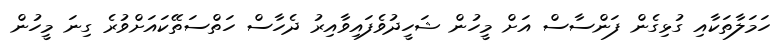
ހަމަލާތަކާއި ގުޅިގެން ފަންސާސް އަށް މީހުން ޝަހީދުވެފައިވާއިރު ދެހާސް ހަތްސަތޭކައަށްވުރެ ގިނަ މީހުން